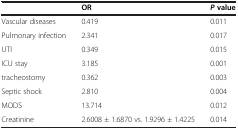
|  | OR | P value |
 | --- | --- | --- |
 | Vascular diseases | 0.419 | 0.011 |
 | Pulmonary infection | 2.341 | 0.017 |
 | UTI | 0.349 | 0.015 |
 | ICU stay | 3.185 | 0.001 |
 | tracheostomy | 0.362 | 0.003 |
 | Septic shock | 2.810 | 0.004 |
 | MODS | 13.714 | 0.012 |
 | Creatinine | 2.6008 ± 1.6870 vs. 1.9296 ± 1.4225 | 0.014 |